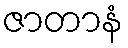
ဇာတာနံ